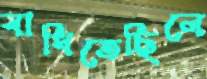
বাধিতেছিলে